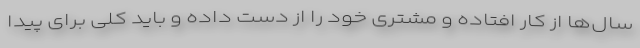
سال‌ها از کار افتاده و مشتری خود را از دست داده و باید کلی برای پیدا